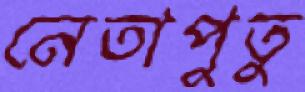
নেতাপুতু